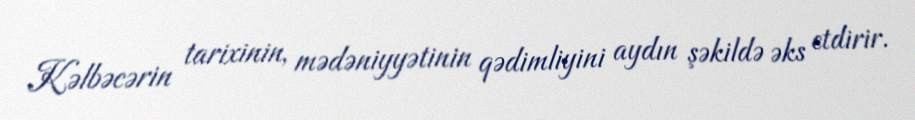
Kəlbəcərin tarixinin, mədəniyyətinin qədimliyini aydın şəkildə əks etdirir.